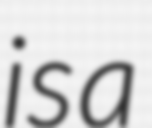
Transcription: is a